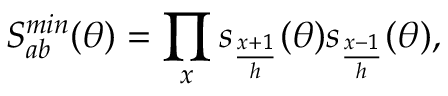
S _ { a b } ^ { m i n } ( \theta ) = \prod _ { x } s _ { \frac { x + 1 } { h } } ( \theta ) s _ { \frac { x - 1 } { h } } ( \theta ) ,